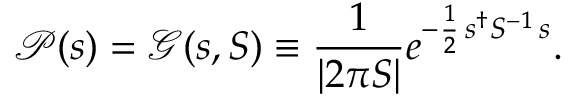
{ \mathcal { P } } ( s ) = { \mathcal { G } } ( s , S ) \equiv { \frac { 1 } { | 2 \pi S | } } e ^ { - { \frac { 1 } { 2 } } \, s ^ { \dagger } S ^ { - 1 } \, s } .